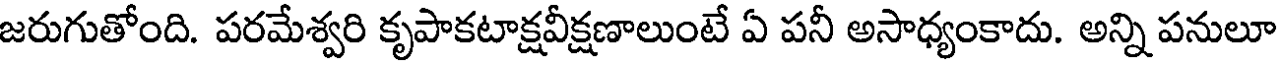
జరుగుతోంది. పరమేశ్వరి కృపాకటాక్షవీక్షణాలుంటే ఏ పనీ అసాధ్యంకాదు. అన్ని పనులూ